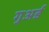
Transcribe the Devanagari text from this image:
गुअर्ड